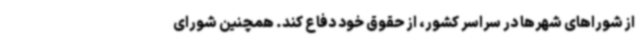
از شوراهای شهرها در سراسر کشور، از حقوق خود دفاع کند. همچنین شورای